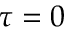
\tau = 0